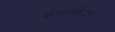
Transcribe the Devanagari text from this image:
कनाकिया